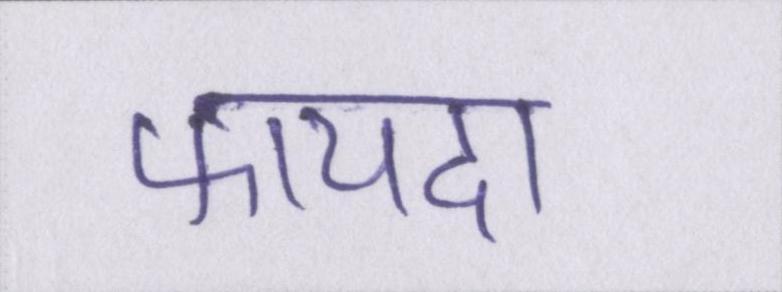
फायदा